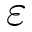
\varepsilon